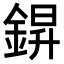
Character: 𮢆